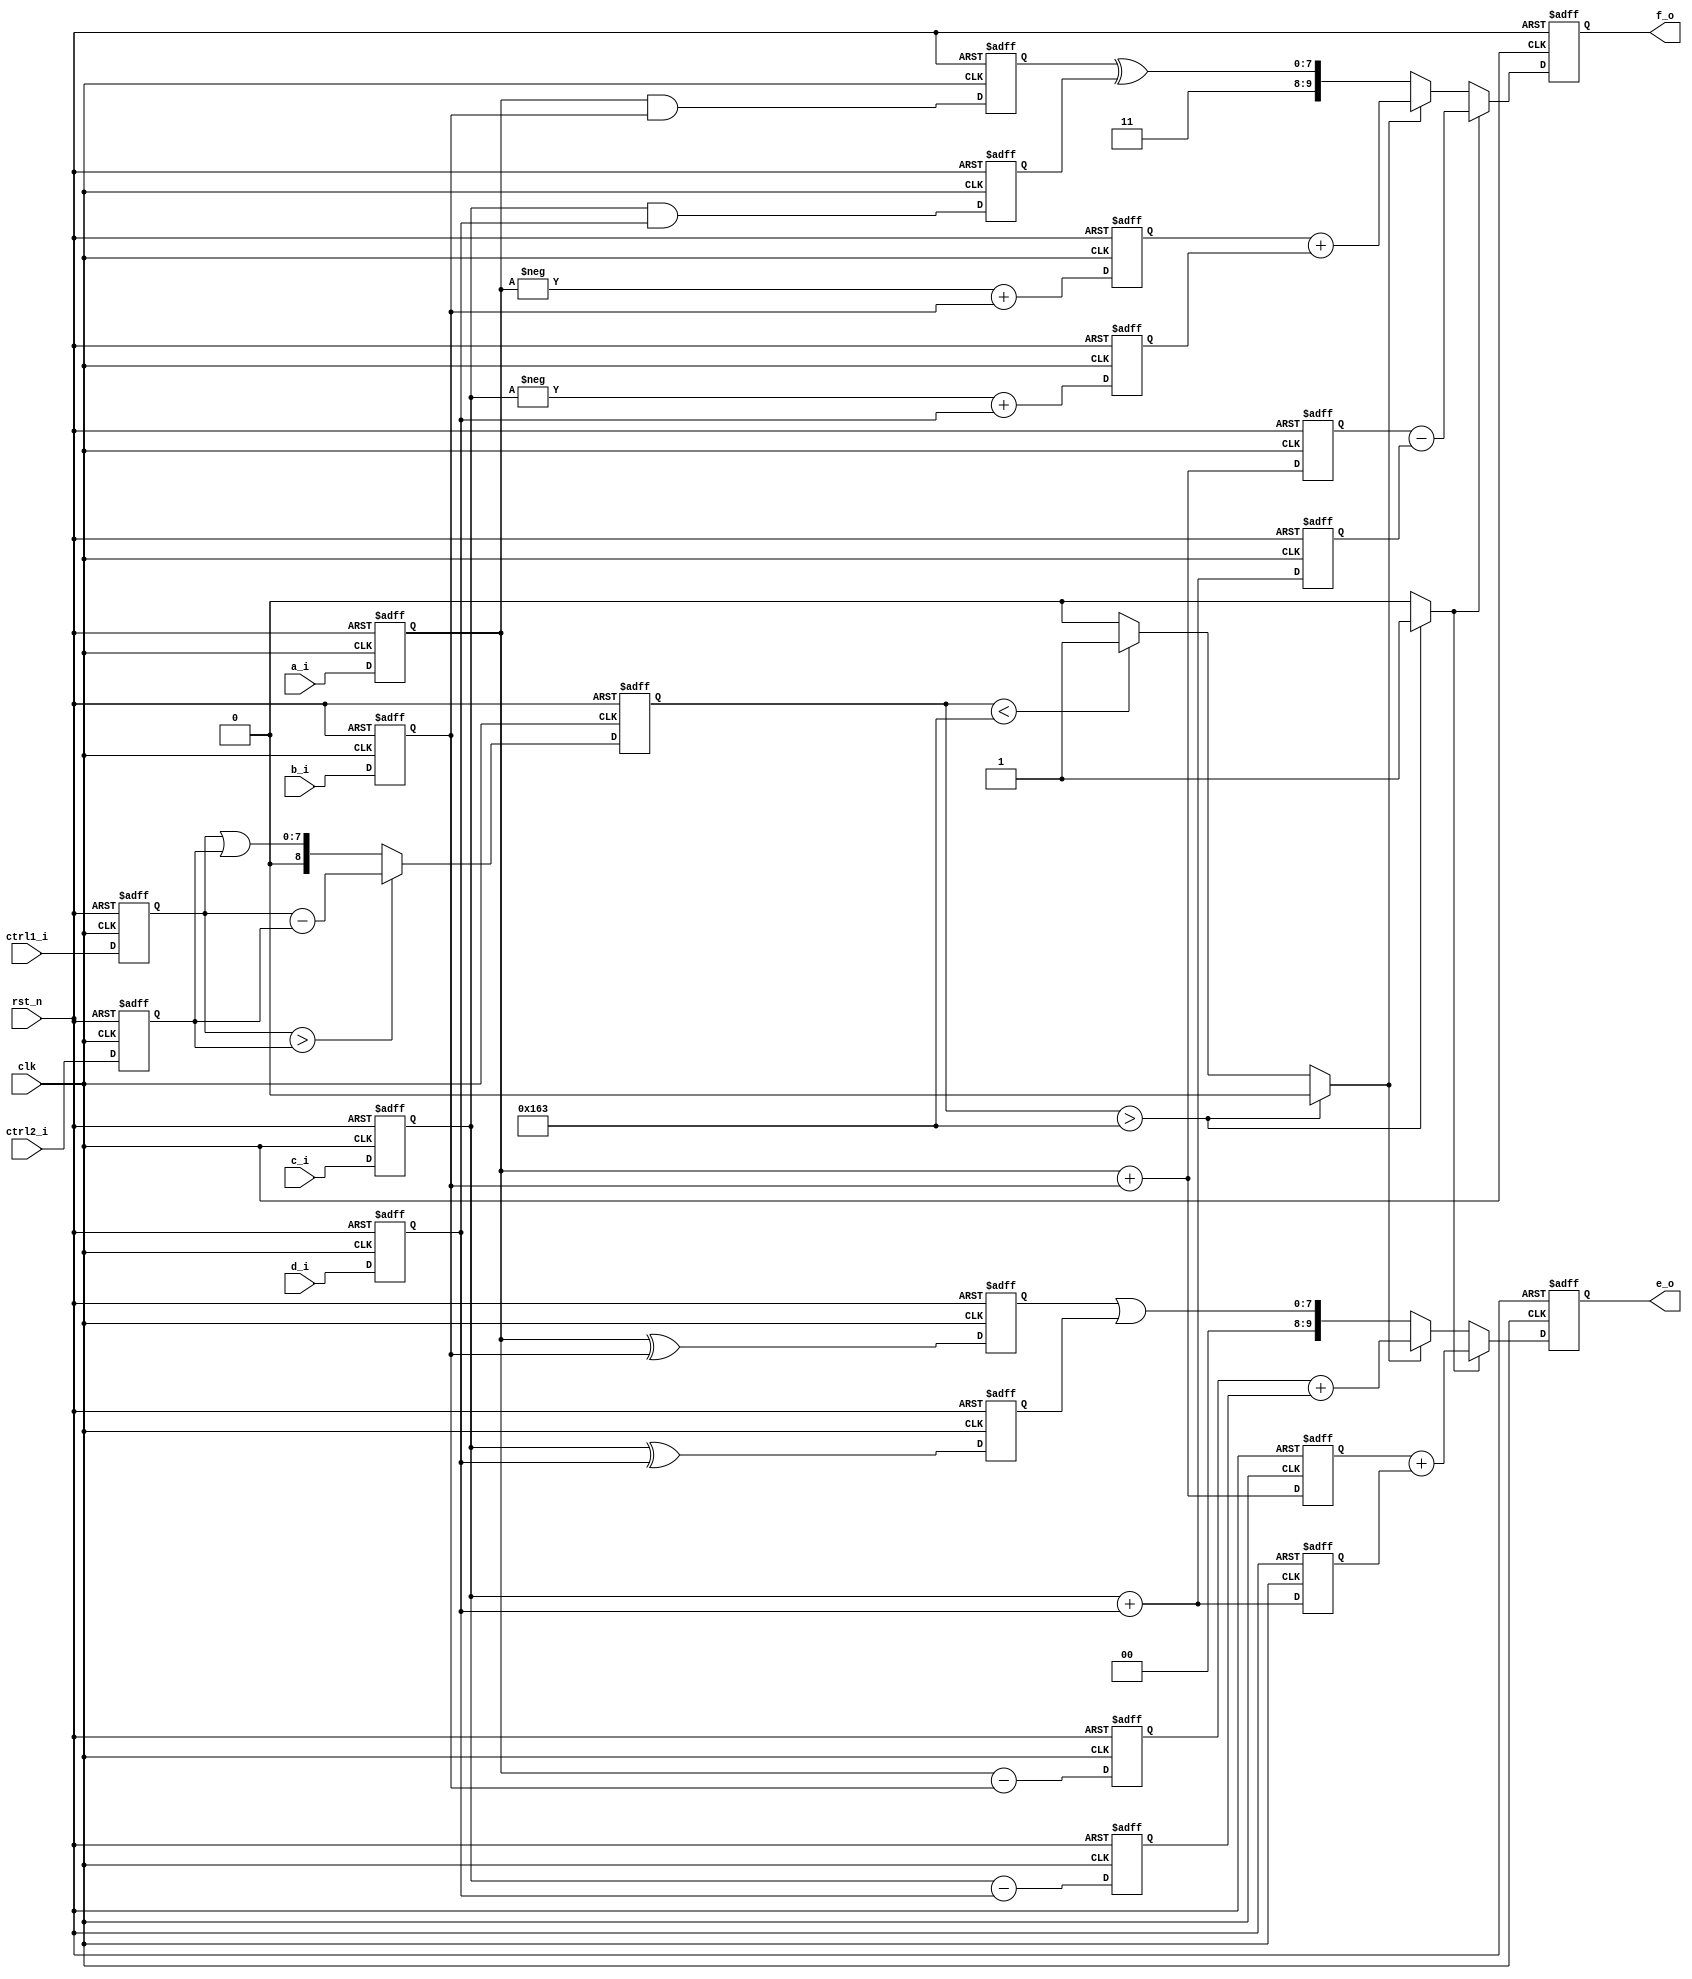
// This program was cloned from: https://github.com/mbaykenar/digital-logic-design
// License: Apache License 2.0

`timescale 1ns / 1ps
//////////////////////////////////////////////////////////////////////////////////
// Company: 
// Engineer: 
// 
// Design Name: 
// Module Name: pipeline_solved
// Project Name: 
// Target Devices: 
// Tool Versions: 
// Description: 
// 
// Dependencies: 
// 
// Revision:
// Revision 0.01 - File Created
// Additional Comments:
// 
//////////////////////////////////////////////////////////////////////////////////


module pipeline_solved
(
input clk,
input rst_n,
input [7:0] a_i,
input [7:0] b_i,
input [7:0] c_i,
input [7:0] d_i,
input [7:0] ctrl1_i,
input [7:0] ctrl2_i,
output [9:0] e_o,
output [9:0] f_o
);

reg [9:0] e,f;
reg [7:0] a,b,c,d;
reg [7:0] ctrl1,ctrl2;
reg [8:0] ctrl_result;
reg gr,sm;

// registers for pipeline
reg [8:0] ctrl_result_pipe;
reg [7:0] e_pipe1, e_pipe2;
reg [8:0] e_pipe3, e_pipe4, e_pipe5, e_pipe6;
reg [7:0] f_pipe1, f_pipe2;
reg [8:0] f_pipe3, f_pipe4, f_pipe5, f_pipe6;


always @(*) begin

    if (ctrl1 > ctrl2)
        ctrl_result = ctrl1 - ctrl2;
    else
        ctrl_result = ctrl1 | ctrl2;
    
    gr = 0;
    sm = 0;
//    if (ctrl_result > 9'd355) begin
//        gr = 1;
//    end
//    else if (ctrl_result < 9'd355) begin
//        sm = 1;
//    end
    if (ctrl_result_pipe > 9'd355) begin
        gr = 1;
    end
    else if (ctrl_result_pipe < 9'd355) begin
        sm = 1;
    end

end

always @(posedge clk, negedge rst_n) begin
    if (rst_n == 1'b0) begin
        a       <= {8{1'b0}};
        b       <= {8{1'b0}};
        c       <= {8{1'b0}};
        d       <= {8{1'b0}};
        ctrl1   <= {8{1'b0}};
        ctrl2   <= {8{1'b0}};
        e       <= {10{1'b0}};
        f       <= {10{1'b0}};     
        // registers for pipeline  
        ctrl_result_pipe    <= {9{1'b0}};
        e_pipe1             <= {8{1'b0}};
        e_pipe2             <= {8{1'b0}};
        e_pipe3             <= {9{1'b0}};
        e_pipe4             <= {9{1'b0}};
        e_pipe5             <= {9{1'b0}};
        e_pipe6             <= {9{1'b0}};
        f_pipe1             <= {8{1'b0}};
        f_pipe2             <= {8{1'b0}};
        f_pipe3             <= {9{1'b0}};
        f_pipe4             <= {9{1'b0}};
        f_pipe5             <= {9{1'b0}};
        f_pipe6             <= {9{1'b0}};
    end
    else begin
        a       <= a_i;
        b       <= b_i;
        c       <= c_i;
        d       <= d_i;
        ctrl1   <= ctrl1_i;
        ctrl2   <= ctrl2_i;
        // registers for pipeline
        ctrl_result_pipe    <= ctrl_result;
        e_pipe1             <= (a ^ b);
        e_pipe2             <= (c ^ d);
        e_pipe3             <= (a - b);
        e_pipe4             <= (c - d);
        e_pipe5             <= (a + b);
        e_pipe6             <= (c + d);
        f_pipe1             <= (a & b);
        f_pipe2             <= (c & d);
        f_pipe3             <= (-a + b);
        f_pipe4             <= (-c + d);
        f_pipe5             <= (a + b);
        f_pipe6             <= (c + d);
//        if (gr) begin
//            e   <= (a + b) + (c + d);
//            f   <= (a + b) - (c + d);
//        end
//        else if (sm) begin
//            e   <= (a - b) + (c - d);
//            f   <= (-a + b) + (-c + d);
//        end
//        else begin
//            e   <= {2'b00, (a ^ b) | (c ^ d)};
//            f   <= {2'b11, (a & b) ^ (c & d)};
//        end
        if (gr) begin
            e   <= e_pipe5 + e_pipe6;
            f   <= f_pipe5 - f_pipe6;
        end
        else if (sm) begin
            e   <= e_pipe3 + e_pipe4;
            f   <= f_pipe3 + f_pipe4;
        end
        else begin
            e   <= {2'b00, e_pipe1 | e_pipe2};
            f   <= {2'b11, f_pipe1 ^ f_pipe2};
        end

    end
    
end

assign e_o = e;
assign f_o = f;

endmodule